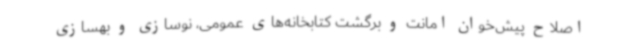
اصلاح پیش‌خوان امانت و برگشت کتابخانه‌های عمومی، نوسازی و بهسازی